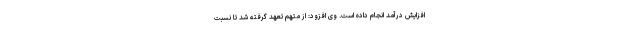
افزایش درآمد انجام داده است. وی افزود: از متهم تعهد گرفته شد تا نسبت